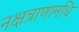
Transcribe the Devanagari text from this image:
नक्षत्राणामधि